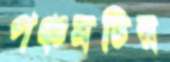
পঞ্চমটির